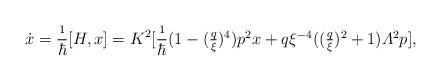
LaTeX: \begin{align*}\dot{x}=\frac{\i}{\hbar}[H,x]=K^2[\frac{\i}{\hbar}{\textstyle(1-(\frac{q}{\xi})^4)p^2x+q\xi^{-4}((\frac{q}{\xi})^2+1){\mit\Lambda}^2p}],\end{align*}